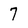
Character: 7